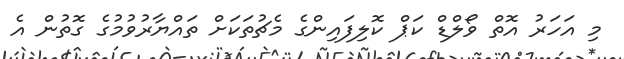
މި އަހަރު އޮތް ވޯލްޑް ކަޕް ކޮލިފައިންގެ މެޗުތަކަށް ތައްޔާރުވުމުގެ ގޮތުން އެ